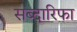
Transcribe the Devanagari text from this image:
सब्दारिफा